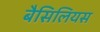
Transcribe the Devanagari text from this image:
बैसिलियस